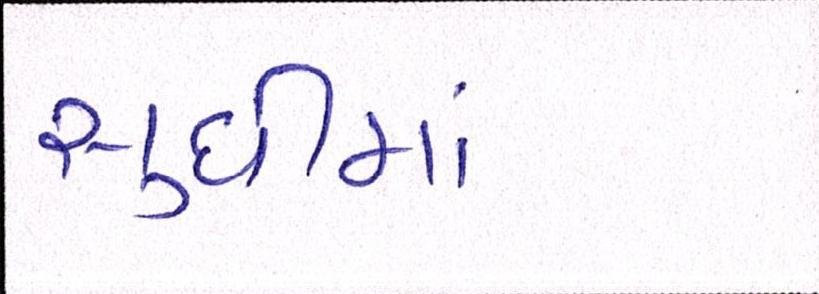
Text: સુધીમાં